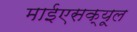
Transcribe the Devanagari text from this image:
माईएसक्यूल